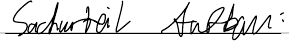
Sachurteil Aufbau: